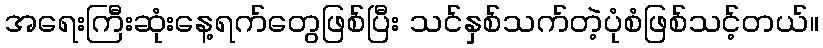
အရေးကြီးဆုံးနေ့ရက်တွေဖြစ်ပြီး သင်နှစ်သက်တဲ့ပုံစံဖြစ်သင့်တယ်။